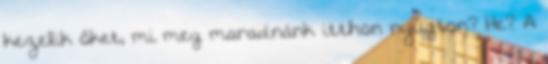
kezelik őket, mi meg maradnánk itthon nyugton? He? A